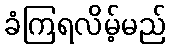
ခံကြရလိမ့်မည်